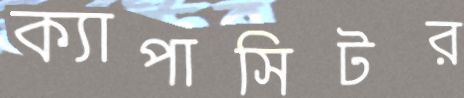
ক্যাপাসিটর